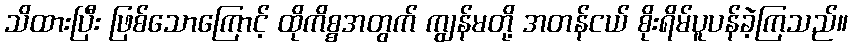
သိထားပြီး ဖြစ်သောကြောင့် ထိုကိစ္စအတွက် ကျွန်မတို့ အတန်ငယ် စိုးရိမ်ပူပန်ခဲ့ကြသည်။